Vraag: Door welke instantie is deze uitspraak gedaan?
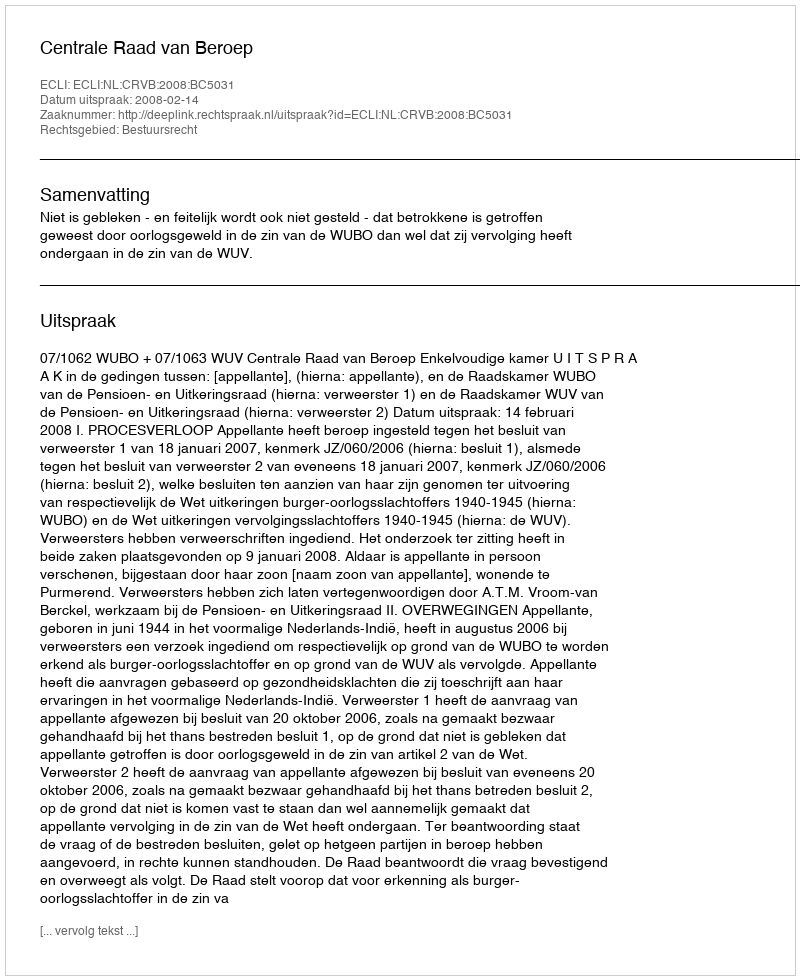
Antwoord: Centrale Raad van Beroep